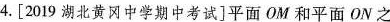
4.[2019湖北黄冈中学期中考试]平面OM和平面ON之